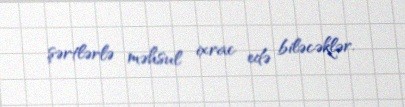
şərtlərlə məhsul ixrac edə biləcəklər.